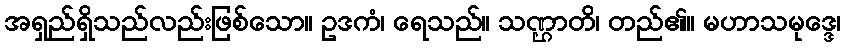
အရှည်ရှိသည်လည်းဖြစ်သော။ ဥဒကံ၊ ရေသည်။ သဏ္ဌာတိ၊ တည်၏။ မဟာသမုဒ္ဒေ၊